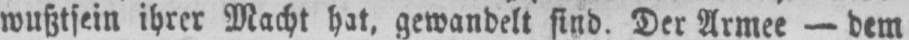
wußtsein ihrer Macht hat, gewandelt sind. Der Armee - dem